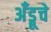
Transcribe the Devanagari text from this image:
अँड्रूचे